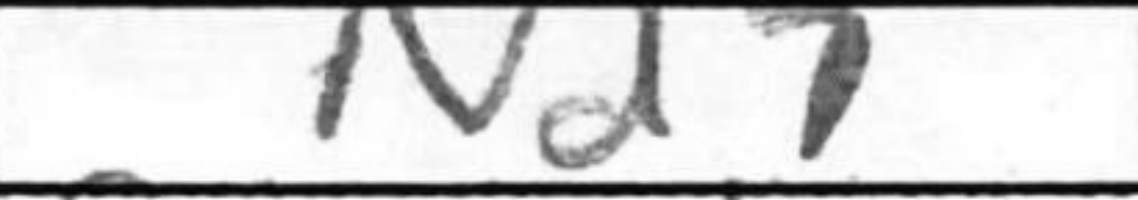
Transcription: Nd7